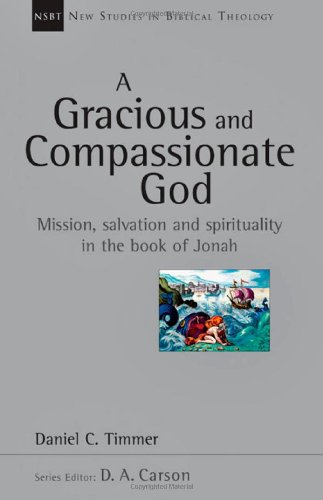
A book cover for A Gracious and Compassionate God: Mission, Salvation and Spirituality in the Book of Jonah (New Studies in Biblical Theology); Daniel C. Timmer; Christian Books & Bibles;